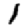
Digit: 1